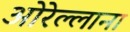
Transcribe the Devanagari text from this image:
ओरेल्लाना